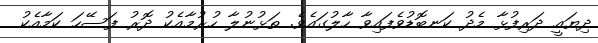
ދިޔައީ ދަރިފުޅާ މެދު ކަނބޮޑުވެފައިވާ ހާލުގައެވެ. ތަޅުނުލާ ހުރުމާއެކު ދޮރު ފަސޭހަ ކަމާއެކު